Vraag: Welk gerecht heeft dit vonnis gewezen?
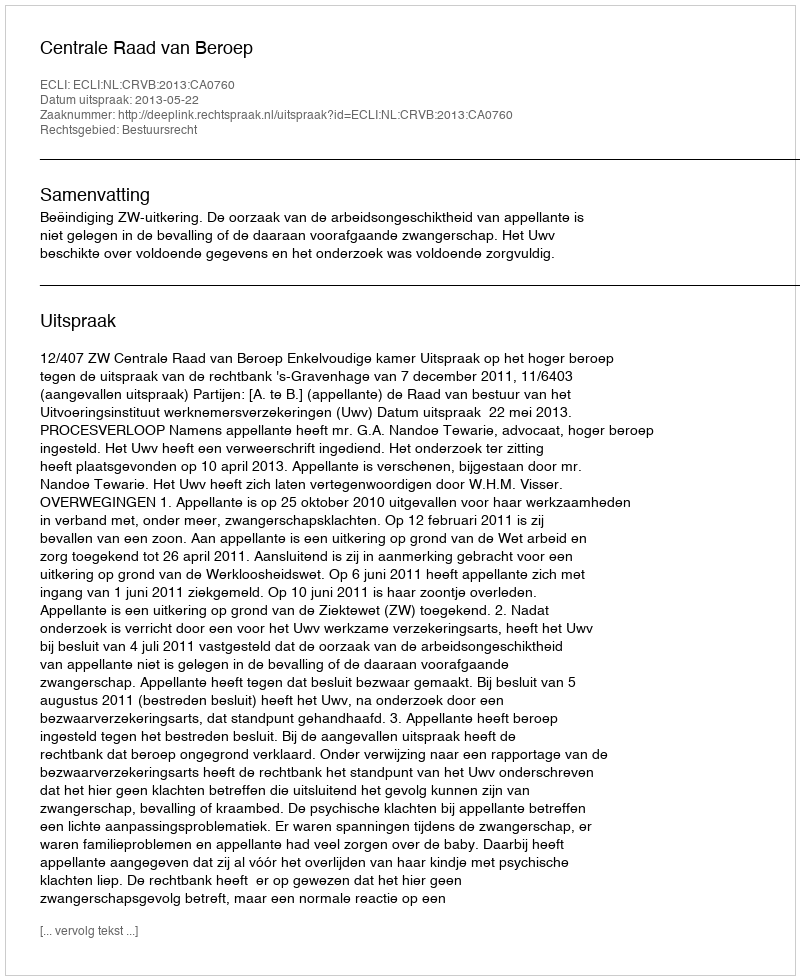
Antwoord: Centrale Raad van Beroep